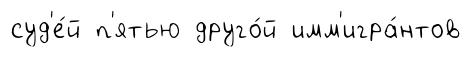
суд'е́й п'ятью друго́й имм'игра́нтов